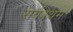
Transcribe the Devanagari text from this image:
सर्वबथम